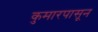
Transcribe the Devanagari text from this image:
कुमारपासून